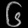
Digit: ၆